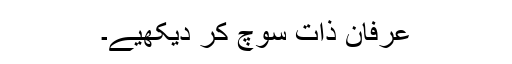
عرفانِ ذات سوچ کر دیکھیے۔